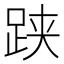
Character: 𬦯